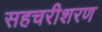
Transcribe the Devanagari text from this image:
सहचरीशरण